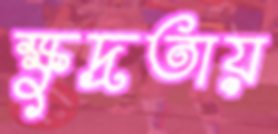
ক্ষুদ্রতায়